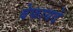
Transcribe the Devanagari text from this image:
बेफायदे